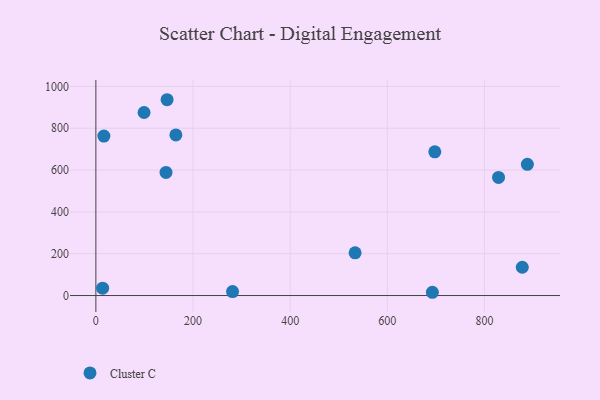
{"axis": {"x": "Investment", "y": "Rating"}, "legend": ["Cluster C"], "data": [{"x": "281.4", "y": 18.9, "type": "Cluster C"}, {"x": "697.8", "y": 687.4, "type": "Cluster C"}, {"x": "877.9", "y": 135.2, "type": "Cluster C"}, {"x": "829.0", "y": 565.0, "type": "Cluster C"}, {"x": "144.4", "y": 588.7, "type": "Cluster C"}, {"x": "99.2", "y": 875.5, "type": "Cluster C"}, {"x": "164.7", "y": 768.1, "type": "Cluster C"}, {"x": "13.9", "y": 35.2, "type": "Cluster C"}, {"x": "533.7", "y": 204.5, "type": "Cluster C"}, {"x": "16.5", "y": 762.9, "type": "Cluster C"}, {"x": "888.4", "y": 627.8, "type": "Cluster C"}, {"x": "692.8", "y": 15.6, "type": "Cluster C"}, {"x": "146.6", "y": 936.6, "type": "Cluster C"}]}